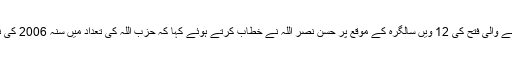
غیر ملکی خبر رساں ادارے کا کہنا تھا کہ اسرائیل سے 34روزہ جنگ میں حاصل ہونے والی فتح کی 12 ویں سالگرہ کے موقع پر حسن نصر اللہ نے خطاب کرتے ہوئے کہا کہ حزب اللہ کی تعداد میں سنہ 2006 کی نسبت کئی گنا اضافہ ہوچکا ہے اور اسرائیلی افواج سے زیادہ مضبوط بھی ہوچکی ہے۔